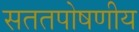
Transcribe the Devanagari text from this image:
सततपोषणीय